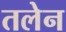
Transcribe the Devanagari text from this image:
तलेन